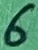
Text: 6